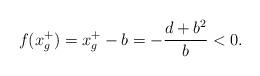
LaTeX: \begin{align*}f(x_g^+)=x_g^+-b=-{d+b^2\over b}<0.\end{align*}